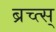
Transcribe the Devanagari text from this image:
ब्रच्त्स्